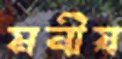
মনীষ